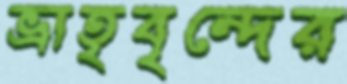
ভ্রাতৃবৃন্দের